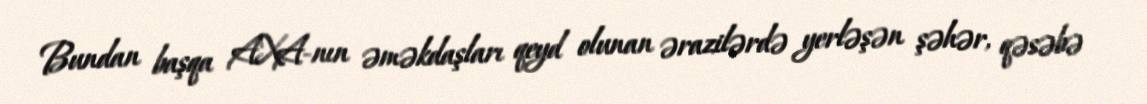
Bundan başqa AXA-nın əməkdaşları qeyd olunan ərazilərdə yerləşən şəhər, qəsəbə